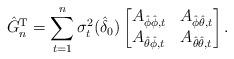
LaTeX: \begin{align*}\hat{G}_n^\mathrm{T} = \sum_{t=1}^{n}\sigma^2_t(\hat{\delta}_{0})\begin{bmatrix}A_{\hat{\phi}\hat{\phi},t} & A_{\hat{\phi}\hat{\theta},t}\\A_{\hat{\theta}\hat{\phi},t} & A_{\hat{\theta}\hat{\theta},t}\end{bmatrix}.\end{align*}